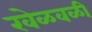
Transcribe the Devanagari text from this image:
खेळवळी